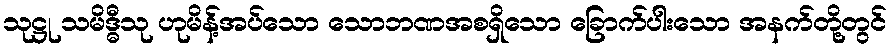
သုဋ္ဌု သမိဒ္ဓီသု ဟုမိန့်အပ်သော သောဘဏအစရှိသော ခြောက်ပါးသော အနက်တို့တွင်